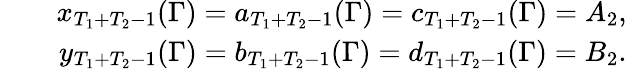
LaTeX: \begin{array}{rlr}&{}&{x_{T_{1}+T_{2}-1}(\Gamma)=a_{T_{1}+T_{2}-1}(\Gamma)=c_{T_{1}+T_{2}-1}(\Gamma)=A_{2},}\\ &{}&{y_{T_{1}+T_{2}-1}(\Gamma)=b_{T_{1}+T_{2}-1}(\Gamma)=d_{T_{1}+T_{2}-1}(\Gamma)=B_{2}.}\end{array}